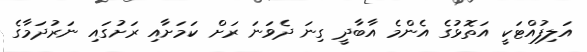
އަލިފުއްޓަކީ އަތޮޅުގެ އެންމެ އާބާދީ ގިނަ ދެވަނަ ރަށް ކަމަށާއި ރަށުގައި ނަރުދަމާގެ